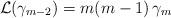
LaTeX: \begin{align*}\mathcal{L}(\gamma_{m-2}) = m(m-1)\,\gamma_m\end{align*}